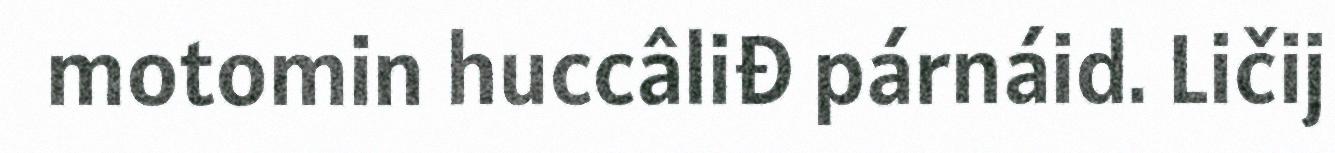
motomin huccâliđ párnáid. Ličij